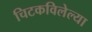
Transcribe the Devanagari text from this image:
चिटकविलेल्या